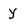
Character: y